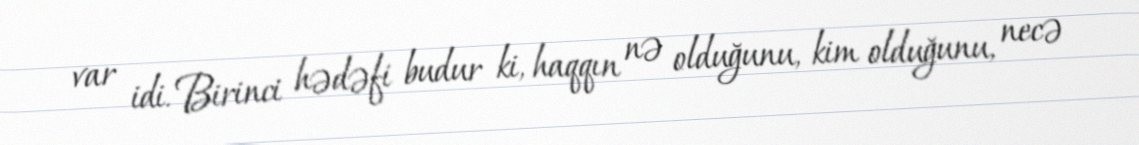
var idi. Birinci hədəfi budur ki, haqqın nə olduğunu, kim olduğunu, necə